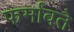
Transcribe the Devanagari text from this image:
फर्मावते